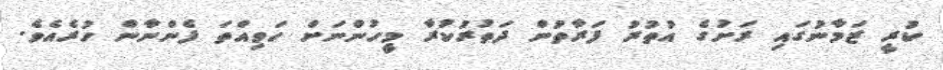
ކުރީ ޒަމާނުގައި ރަށުގެ އުތުރު ފަރާތުން ދަތުރުކުރާ މީހުންނަށް ހަވިއްތަ ފެންނާން ހުރެއެވެ.